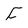
Character: f